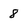
Character: 8